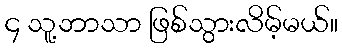
၄ သူ့ဘာသာ ဖြစ်သွားလိမ့်မယ်။